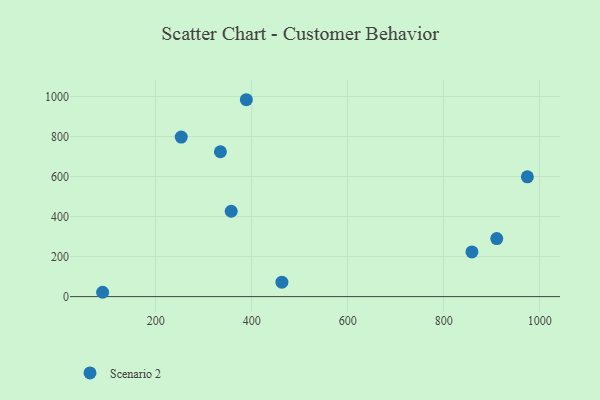
{"axis": {"x": "Investment", "y": "Salary"}, "legend": ["Scenario 2"], "data": [{"x": "463.0", "y": 72.1, "type": "Scenario 2"}, {"x": "858.9", "y": 223.1, "type": "Scenario 2"}, {"x": "334.9", "y": 724.0, "type": "Scenario 2"}, {"x": "357.4", "y": 426.6, "type": "Scenario 2"}, {"x": "253.3", "y": 797.1, "type": "Scenario 2"}, {"x": "974.4", "y": 598.6, "type": "Scenario 2"}, {"x": "89.5", "y": 21.7, "type": "Scenario 2"}, {"x": "910.6", "y": 290.1, "type": "Scenario 2"}, {"x": "388.9", "y": 983.9, "type": "Scenario 2"}]}